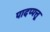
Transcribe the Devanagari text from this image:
पादप्पत्तू